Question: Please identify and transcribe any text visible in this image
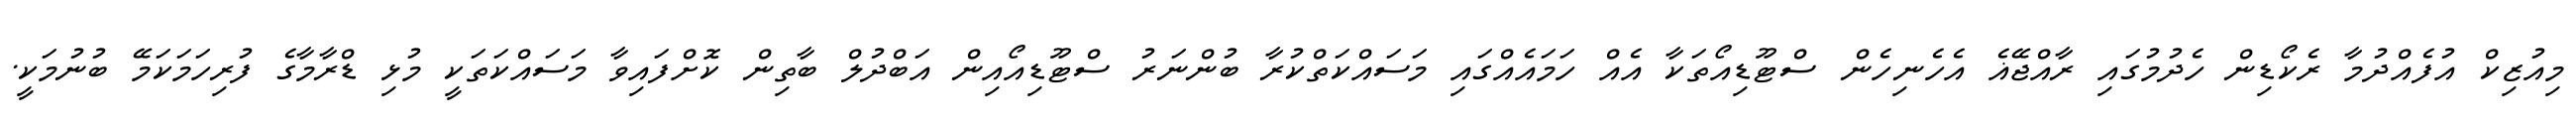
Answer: މިއުޒިކް އުފެއްދުމާ ރެކޯޑިން ހެދުމުގައި ރާއްޖޭޣެ އެހެނިހެން ސްޓޫޑިއޯތަކާ އެއް ހަމައެއްގައި މަސައްކަތްކުރާ ބުންނަރު ސްޓޫޑިއޯއިން އަބްދުލް ބާތިން ކޮށްފައިވާ މަސައްކަތަކީ މުޅި ޑްރާމާގެ ފުރިހަމަކަމޭ ބުނުމަކީ.